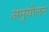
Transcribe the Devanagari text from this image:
अनुयोजन